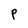
Character: P